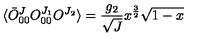
\langle \bar { O } _ { 0 0 } ^ { J } O _ { 0 0 } ^ { J _ { 1 } } O ^ { J _ { 2 } } \rangle = \frac { g _ { 2 } } { \sqrt { J } } x ^ { \frac { 3 } { 2 } } \sqrt { 1 - x }